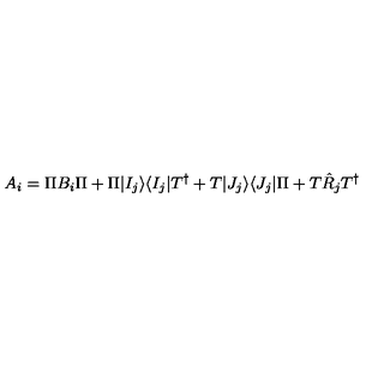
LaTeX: A _ { i } = \Pi B _ { i } \Pi + \Pi | I _ { j } \rangle \langle I _ { j } | T ^ { \dagger } + T | J _ { j } \rangle \langle J _ { j } | \Pi + T \hat { R } _ { j } T ^ { \dagger }